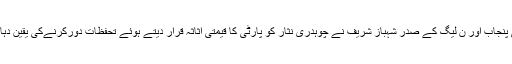
وزیراعلیٰ پنجاب اور ن لیگ کے صدر شہباز شریف نے چوہدری نثار کو پارٹی کا قیمتی اثاثہ قرار دیتے ہوئے تحفظات دورکرنےکی یقین دہانی کرائی۔